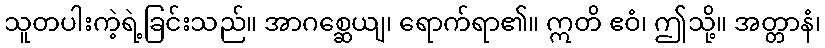
သူတပါးကဲ့ရဲ့ခြင်းသည်။ အာဂစ္ဆေယျ၊ ရောက်ရာ၏။ ဣတိ ဧဝံ၊ ဤသို့။ အတ္တာနံ၊